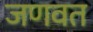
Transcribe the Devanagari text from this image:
जणवत